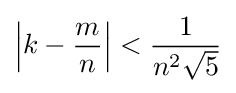
\left|k-{m \over n}\right|<{1 \over n^{2}{\sqrt {5}}}